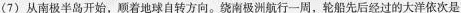
(7) 从南极半岛开始，顺着地球自转方向。绕南极洲航行一周，轮船先后经过的大洋依次是